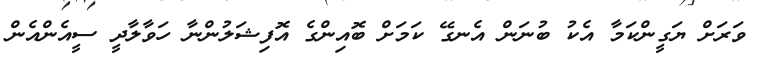
ވަރަށް ޔަގީންކަމާ އެކު ބުނަން އެނގޭ ކަމަށް ބޮއިންގެ އޮފިޝަލުންނާ ހަވާލާދީ ސީއެންއެން